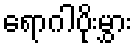
ရောဂါပိုးမွှား